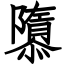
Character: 隳